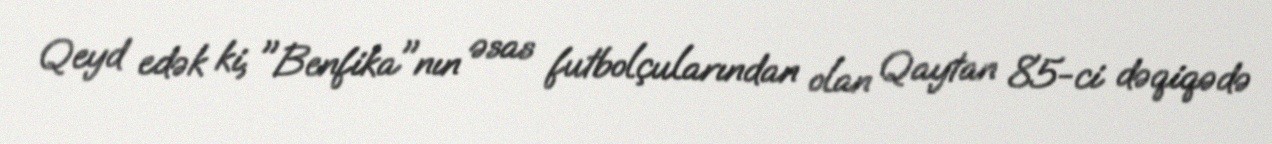
Qeyd edək ki, "Benfika"nın əsas futbolçularından olan Qaytan 85-ci dəqiqədə